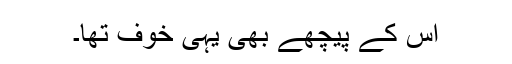
اس کے پیچھے بھی یہی خوف تھا۔